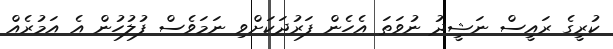
ކުރީގެ ރައީސް ނަޝީދު ނުވަތަ އެހެން ފަރުދަކަށްވި ނަމަވެސް ފުލުހުން އެ އަމުރެއް